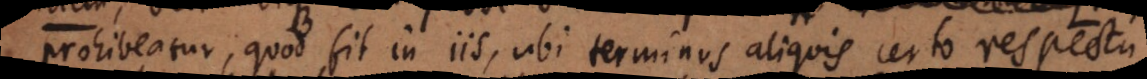
prohibeatur, quod fit in iis, ubi terminus aliquis certo respectu